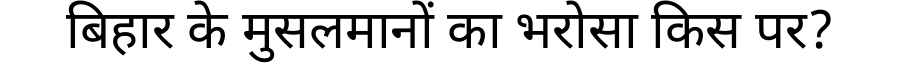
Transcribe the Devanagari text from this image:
बिहार के मुसलमानों का भरोसा किस पर?